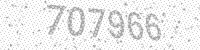
Solution: 707966